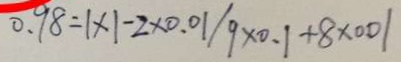
0 . 9 8 = 1 \times 1 - 2 \times 0 . 0 1 / 9 \times 0 . 1 + 8 \times 0 . 0 1